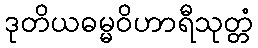
ဒုတိယဓမ္မဝိဟာရီသုတ္တံ